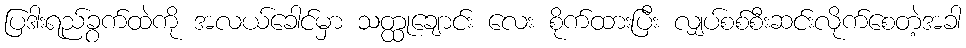
ပြဒါးရည်ခွက်ထဲကို အလယ်ခေါင်မှာ သတ္ထုချောင်း လေး စိုက်ထားပြီး လျှပ်စစ်စီးဆင်းလိုက်စေတဲ့အခါ